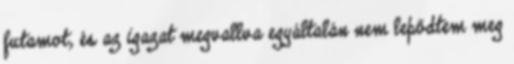
futamot, és az igazat megvallva egyáltalán nem lepődtem meg